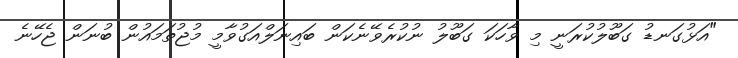
"އަޅުގަނޑު ގަބޫލުކުރަނީ މި ވާހަކަ ގަބޫލު ނުކުރެެވޭނެކަން ބައިނަލްއަގުވާމީ މުޖުތަމައުން ބުނަން ޖެހޭނެ